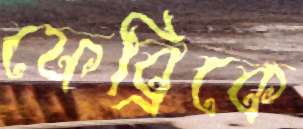
ফেব্রিকে